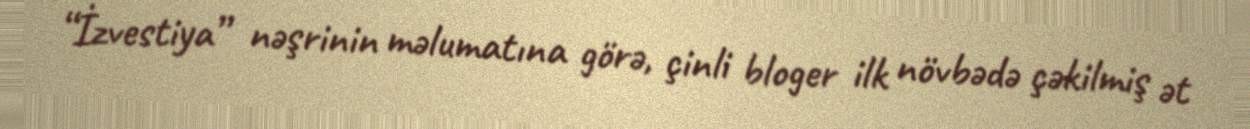
“İzvestiya” nəşrinin məlumatına görə, çinli bloger ilk növbədə çəkilmiş ət